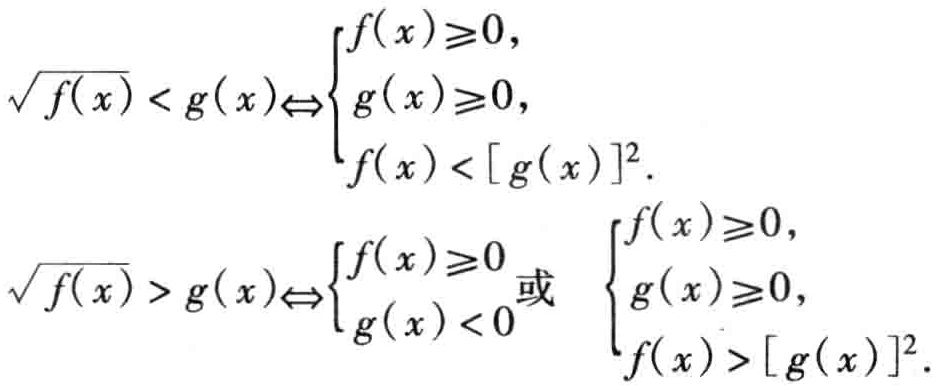
\[\sqrt{f(x)} < g(x)\Leftrightarrow

\begin{cases}

f(x)\geqslant0,\\

g(x)\geqslant0,\\

f(x) < [g(x)]^2.

\end{cases}\]

\[\sqrt{f(x)} > g(x)\Leftrightarrow

\begin{cases}

f(x)\geqslant0 \\

g(x) < 0

\end{cases}

或

\begin{cases}

f(x)\geqslant0,\\

g(x)\geqslant0,\\

f(x) > [g(x)]^2.

\end{cases}\]